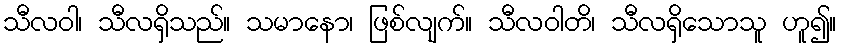
သီလဝါ၊ သီလရှိသည်။ သမာနော၊ ဖြစ်လျက်။ သီလဝါတိ၊ သီလရှိသောသူ ဟူ၍။